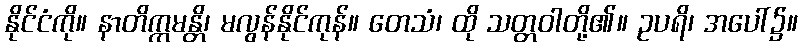
နိုင်ငံကို။ နာတိက္ကမန္တိ၊ မလွန်နိုင်ကုန်။ တေသံ၊ ထို သတ္တဝါတို့၏။ ဥပရိ၊ အပေါ်၌။